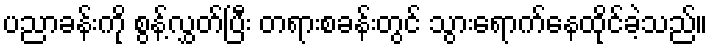
ပညာခန်းကို စွန့်လွှတ်ပြီး တရားစခန်းတွင် သွားရောက်နေထိုင်ခဲ့သည်။